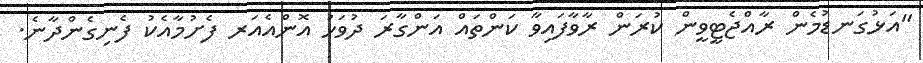
"އަޅުގަނޑުމެން ރާއްޖެޓީވީން ކުރަން ރާވާފައިވާ ކަންތައް އަންގާރަ ދުވަހު އޮންއެއަރ ފެށުމާއެކު ފެނިގެންދާނެ.